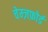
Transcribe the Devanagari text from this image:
चेम्ज़फ़ोर्ड